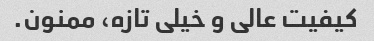
کیفیت عالی و خیلی تازه، ممنون.